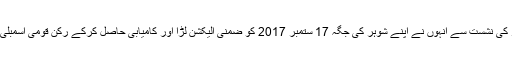
پاناما کیس میں میاں نواز شریف کی نااہلی کے بعد خالی ہونے والی این اے 120 لاہور کی نشست سے انہوں نے اپنے شوہر کی جگہ 17 ستمبر 2017 کو ضمنی الیکشن لڑا اور کامیابی حاصل کرکے رکن قومی اسمبلی منتخب ہوئیں تاہم علاج کی غرض سے لندن میں رہنے کے باعث وہ حلف نہ اٹھاسکیں۔